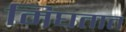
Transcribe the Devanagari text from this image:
मिघतात